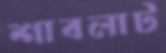
শাবলাট